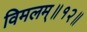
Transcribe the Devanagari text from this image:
विमलम्॥१२॥